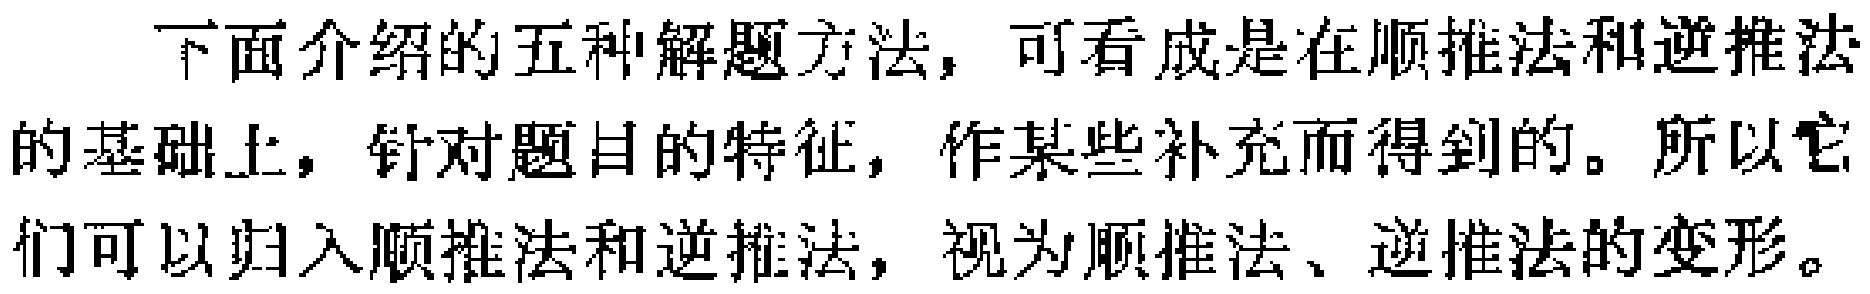
下面介绍的五种解题方法，可看成是在顺推法和逆推法的基础上，针对题目的特征，作某些补充而得到的。所以它们可以归入顺推法和逆推法，视为顺推法、逆推法的变形。